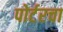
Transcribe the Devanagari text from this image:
पोर्टरचा